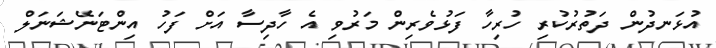
އުޅަނދުން ދަތުރުކުރި ހުރިހާ ފަޅުވެރިން މަރުވި އެ ހާދިސާ އަށް ފަހު އިންޓަނޭޝަނަލް